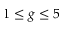
1 \leq g \leq 5